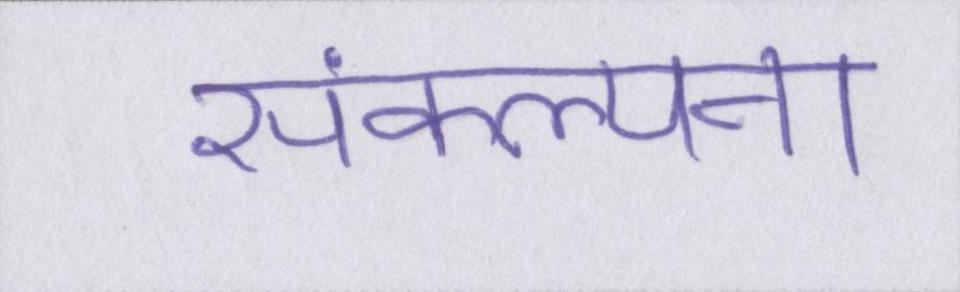
संकल्पना